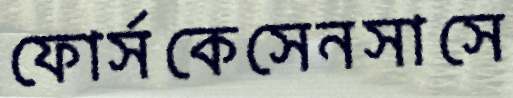
ফোর্সকেসেনসাসে